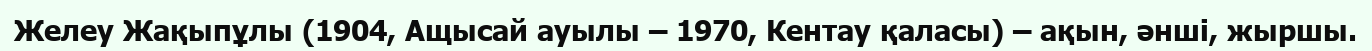
Желеу Жақыпұлы (1904, Ащысай ауылы – 1970, Кентау қаласы) – ақын, әнші, жыршы.